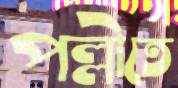
পল্লীতে